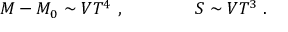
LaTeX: M - M _ { 0 } \sim V T ^ { 4 } \ , \qquad \qquad S \sim V T ^ { 3 } \ .